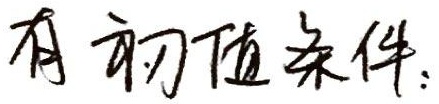
有初值条件：